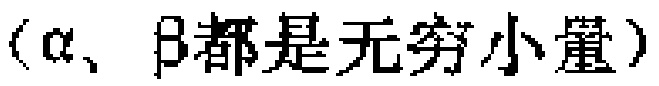
（\(\alpha\)、\(\beta\)都是无穷小量）